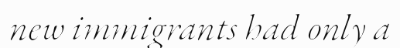
new immigrants had only a